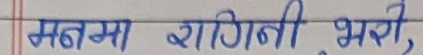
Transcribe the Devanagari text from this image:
मनमा रागिनी भरी,